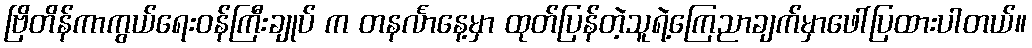
ဗြိတိန်ကာကွယ်ရေးဝန်ကြီးချုပ် က တနင်္လာနေ့မှာ ထုတ်ပြန်တဲ့သူရဲ့ကြေညာချက်မှာဖေါ်ပြထားပါတယ်။